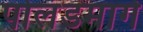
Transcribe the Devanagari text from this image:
पोलंडमार्गे